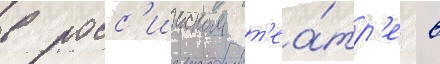
в росс'ииском т'еа́тр'е в